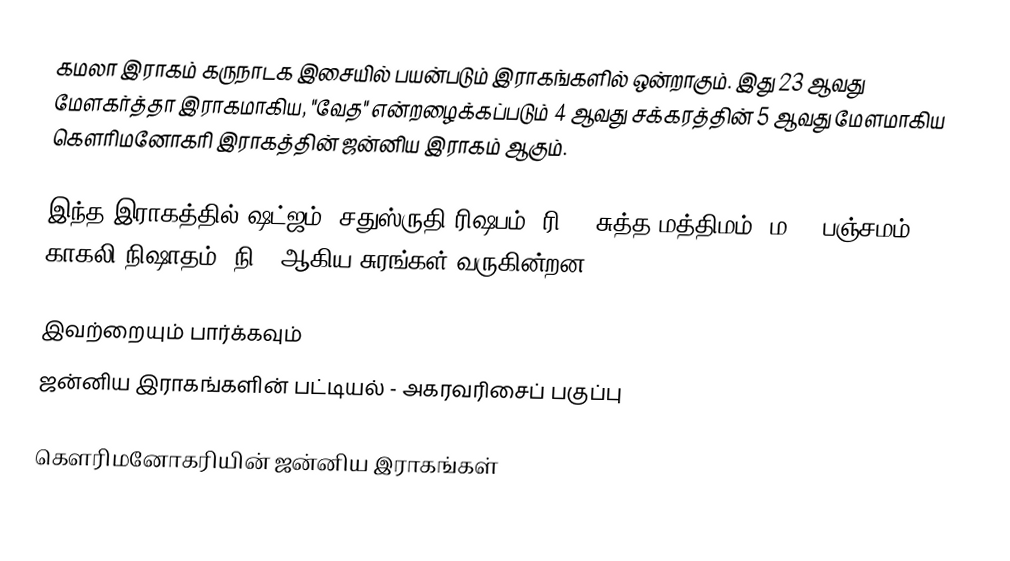
கமலா இராகம் கருநாடக இசையில் பயன்படும் இராகங்களில் ஒன்றாகும். இது 23 ஆவது மேளகர்த்தா இராகமாகிய, "வேத" என்றழைக்கப்படும் 4 ஆவது சக்கரத்தின் 5 ஆவது மேளமாகிய கௌரிமனோகரி இராகத்தின் ஜன்னிய இராகம் ஆகும்.

இந்த இராகத்தில் ஷட்ஜம், சதுஸ்ருதி ரிஷபம் (ரி2),  சுத்த மத்திமம் (ம1), பஞ்சமம்,  காகலி நிஷாதம்  (நி3) ஆகிய சுரங்கள் வருகின்றன.

இவற்றையும் பார்க்கவும்
 ஜன்னிய இராகங்களின் பட்டியல் - அகரவரிசைப் பகுப்பு

கௌரிமனோகரியின் ஜன்னிய இராகங்கள்